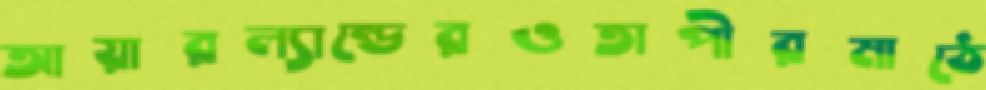
আয়ারল্যান্ডেরওতাপীরমাঠে